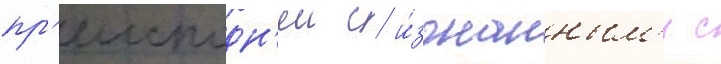
пр'еисподн'еи с и́згнанным'и с